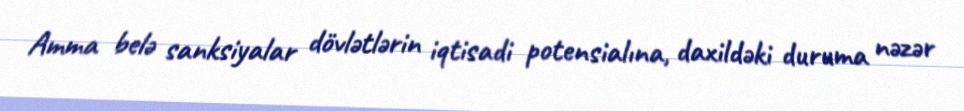
Amma belə sanksiyalar dövlətlərin iqtisadi potensialına, daxildəki duruma nəzər